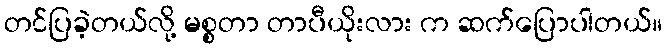
တင်ပြခဲ့တယ်လို့ မစ္စတာ တာပီယိုးလား က ဆက်ပြောပါတယ်။